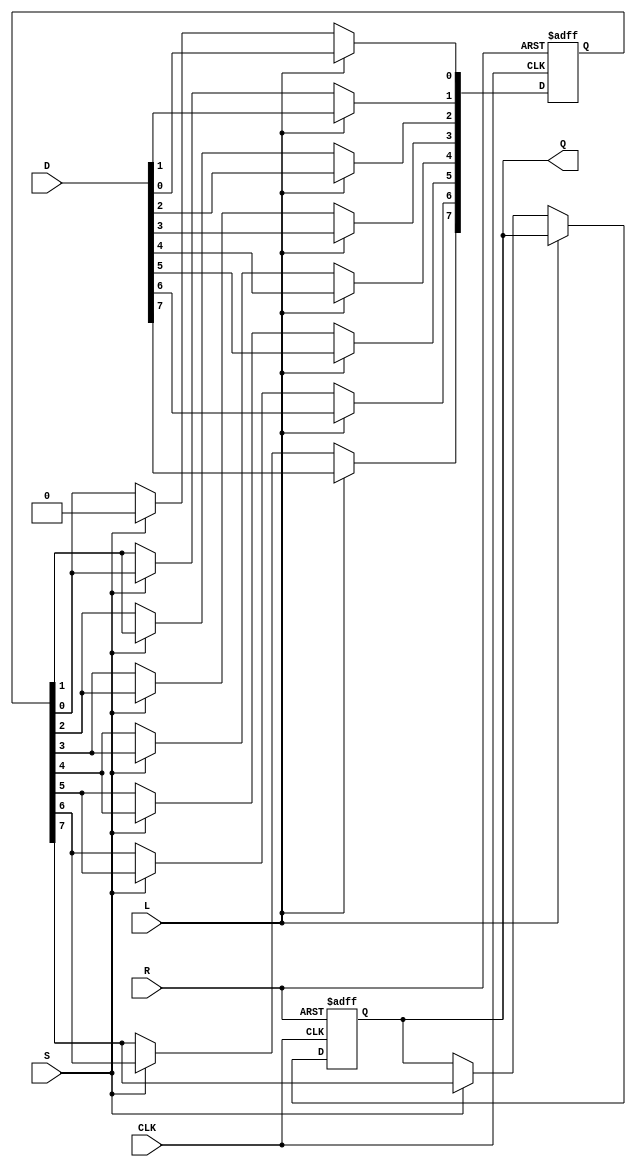
module PISO_Register #(
    parameter WIDTH = 8  // Parameter to define the width of the register
)(
    input wire [WIDTH-1:0] D,    // Parallel data input
    input wire L,                 // Load control signal
    input wire S,                 // Shift control signal
    input wire CLK,               // Clock signal
    input wire R,                 // Asynchronous reset signal
    output reg Q                  // Serial output
);

    reg [WIDTH-1:0] R_reg;        // Internal register to hold the loaded data
    integer i;                    // Loop variable for shifting

    // Asynchronous reset
    always @(posedge CLK or posedge R) begin
        if (R) begin
            R_reg <= {WIDTH{1'b0}}; // Clear the register to zero
            Q <= 1'b0;              // Clear the serial output
        end else begin
            if (L) begin
                R_reg <= D;         // Load data into the register
            end else if (S) begin
                // Shift operation
                Q <= R_reg[WIDTH-1]; // Output the MSB
                // Shift left and fill the LSB with 0
                for (i = WIDTH-1; i > 0; i = i - 1) begin
                    R_reg[i] <= R_reg[i-1];
                end
                R_reg[0] <= 1'b0;     // Fill the LSB with 0
            end
        end
    end

endmodule